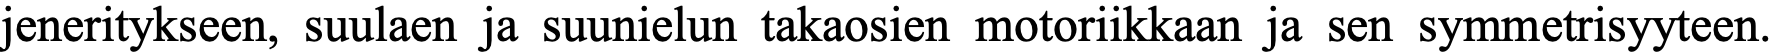
jeneritykseen, suulaen ja suunielun takaosien motoriikkaan ja sen symmetrisyyteen.